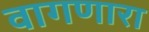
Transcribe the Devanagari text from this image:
वागणारा